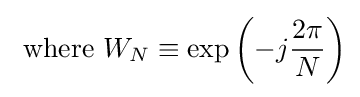
{\text{ where  }}W_{N}\equiv {\text{exp}}\left(-j{\frac {2\pi }{N}}\right)